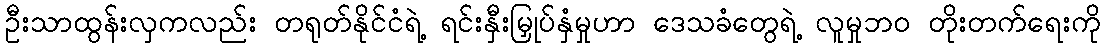
ဦးသာထွန်းလှကလည်း တရုတ်နိုင်ငံရဲ့ ရင်းနှီးမြှုပ်နှံမှုဟာ ဒေသခံတွေရဲ့ လူမှုဘဝ တိုးတက်ရေးကို